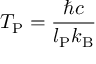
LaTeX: T _ { \mathrm { P } } = { \frac { \hbar c } { l _ { \mathrm { P } } k _ { \mathrm { B } } } }